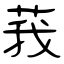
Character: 莪